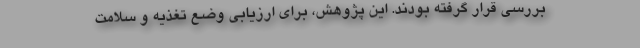
بررسی قرار گرفته بودند. این پژوهش، برای ارزیابی وضع تغذیه و سلامت